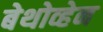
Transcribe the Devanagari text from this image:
बेथोव्हेन